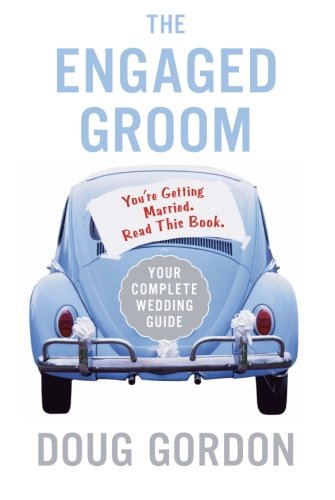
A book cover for The Engaged Groom: You're Getting Married. Read this Book.; Doug Gordon; Crafts, Hobbies & Home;